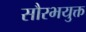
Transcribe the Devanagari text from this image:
सौरभयुक्त